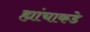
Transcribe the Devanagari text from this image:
ह्यांचाकडे